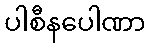
ပါစီနပေါဏာ